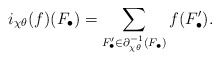
\begin{align*} i_{\chi\theta}(f)(F_\bullet) = \sum_{F'_\bullet\in\partial_{\chi\theta}^{-1}(F_\bullet)} f(F'_\bullet).\end{align*}